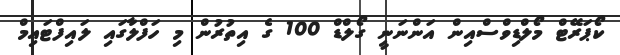
ކޯޕަރޭޓް މޯލްޑިވްސްއިން އަންނަނީ ގޯލްޑް 100 ގެ އިތުރުން މި ހަފްލާގައި ލައިފްޓައިމް